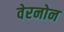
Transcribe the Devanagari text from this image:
वेरनोन